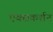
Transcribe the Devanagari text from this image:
एक्सकर्शन